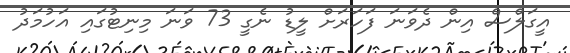
އީގަލްސް އިން ދެވަނަ ފަހަރަށް ލީޑު ނެގީ 73 ވަނަ މިނިޓުގައި އަހުމަދު